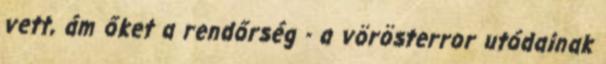
vett, ám őket a rendőrség - a vörösterror utódainak